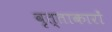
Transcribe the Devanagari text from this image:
वृत्ताकारों